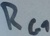
Text: RG1